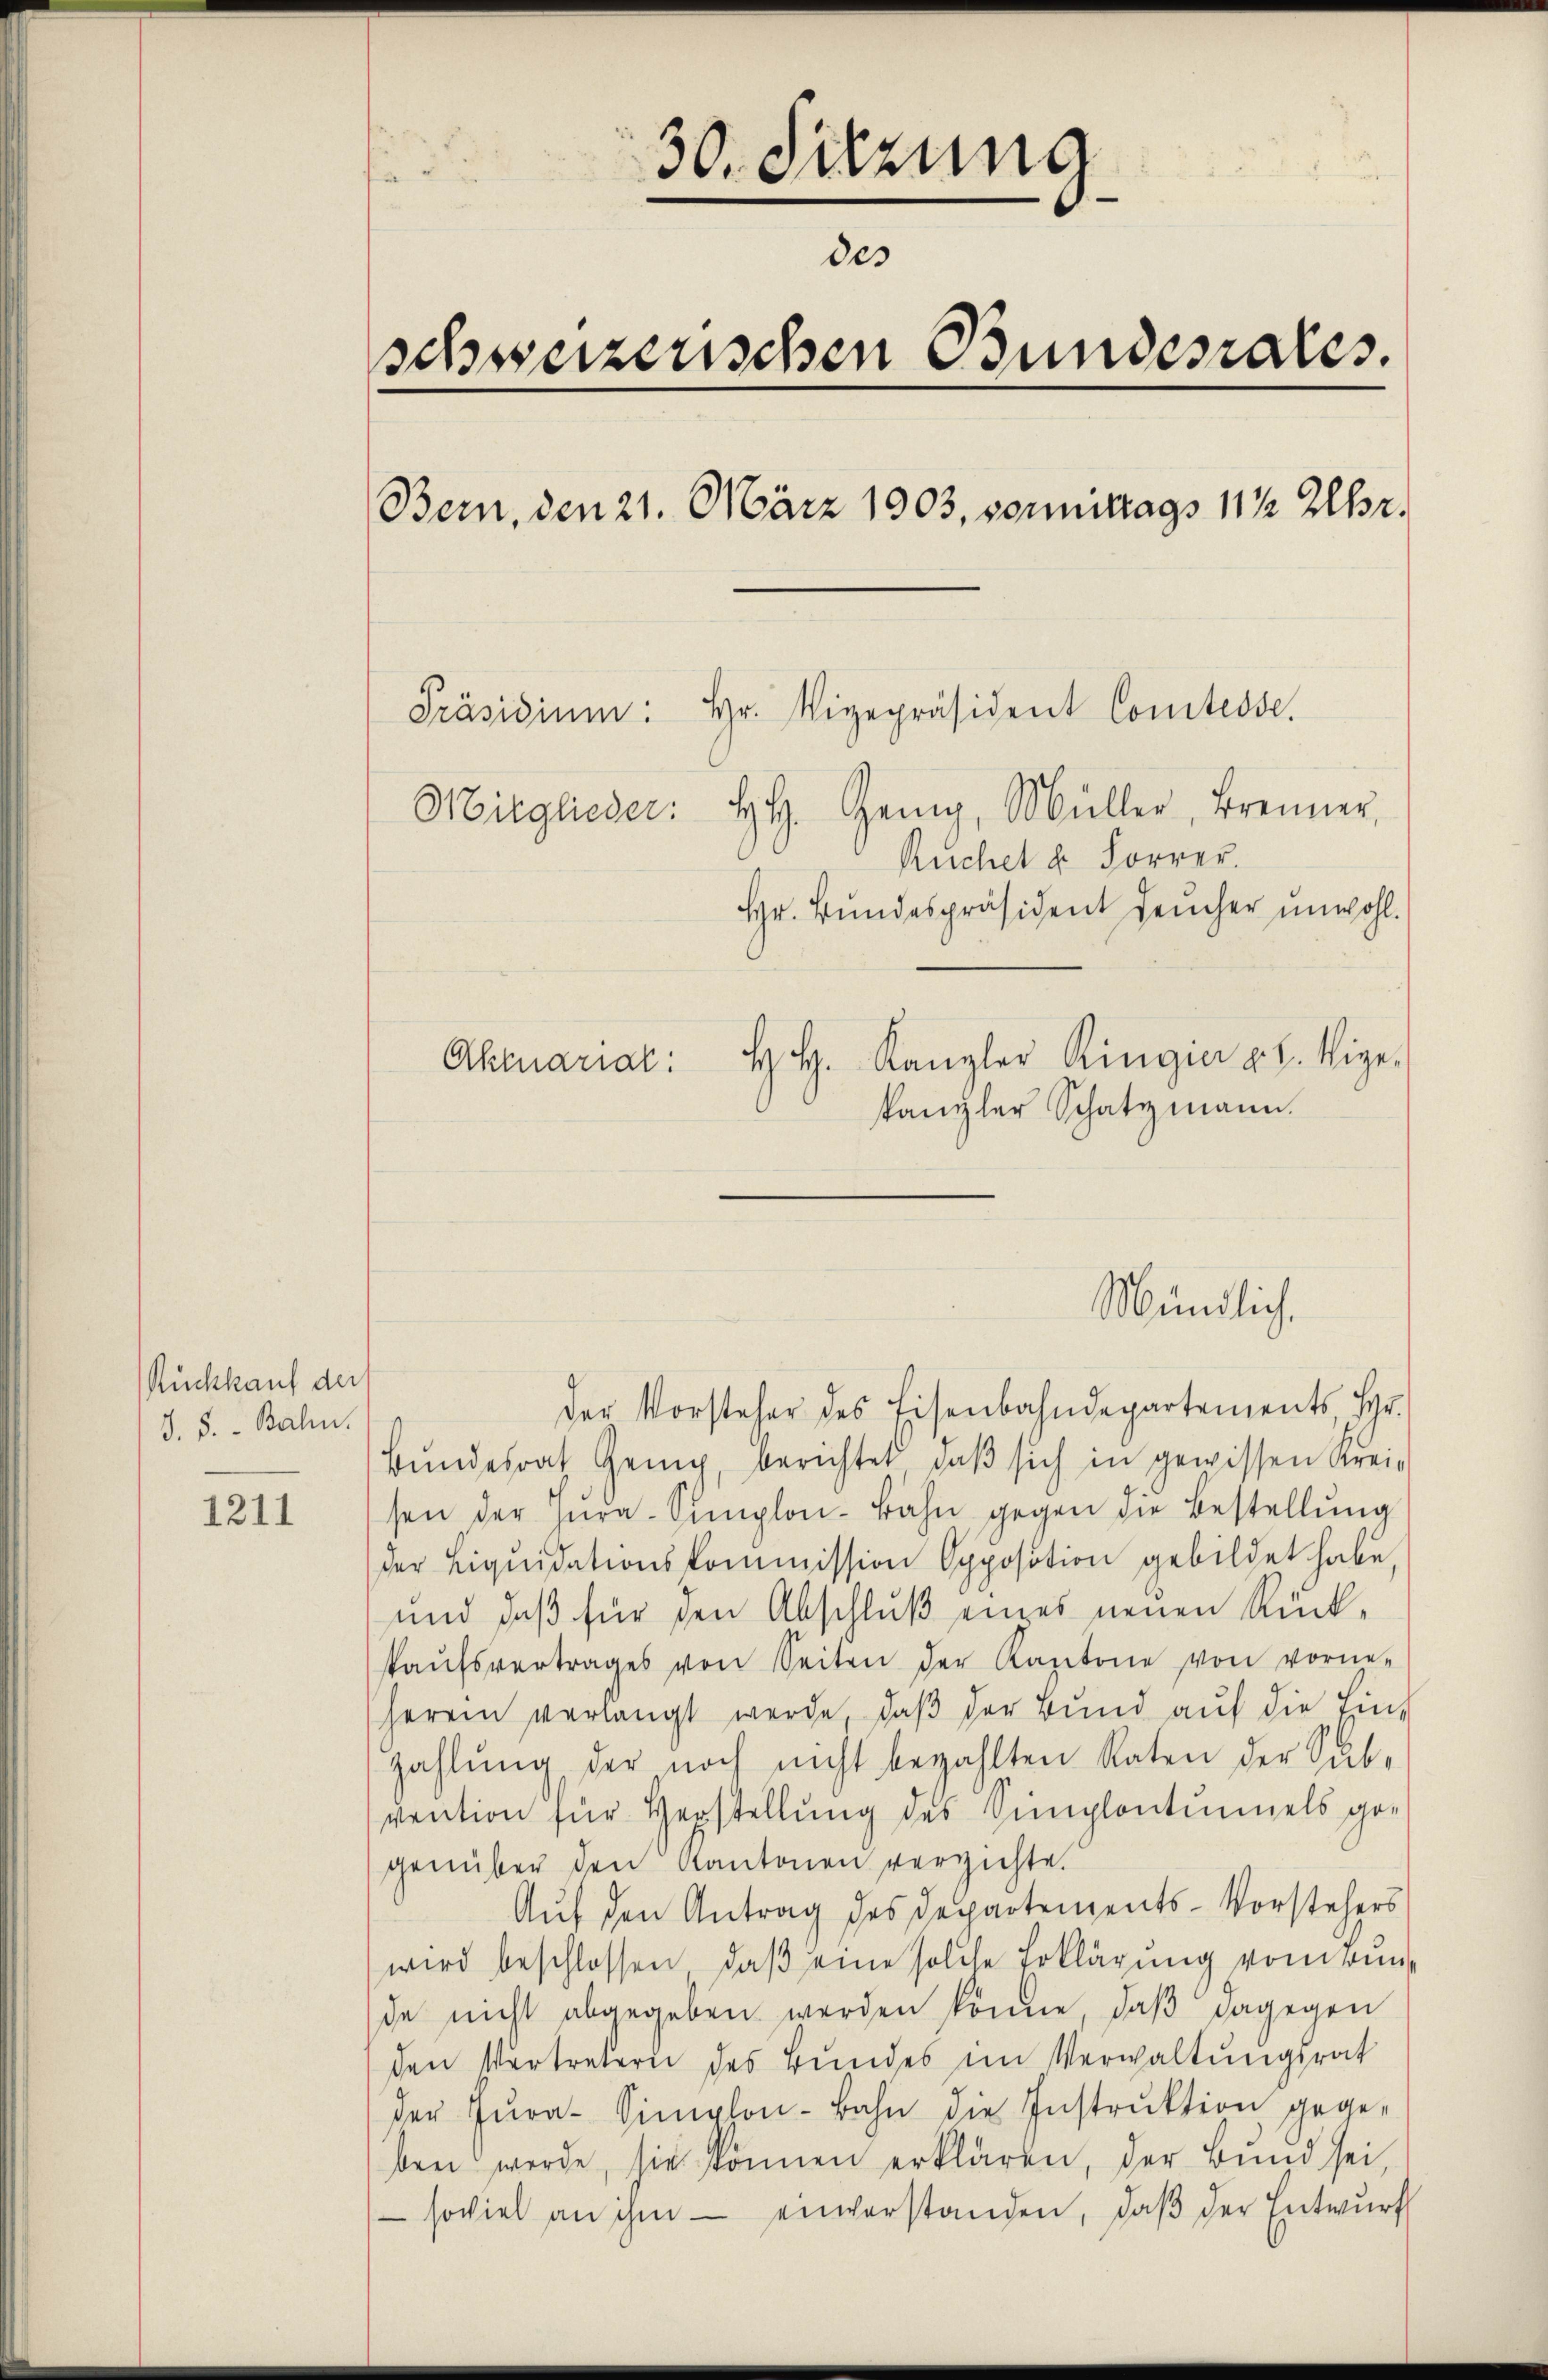
Rückkauf der
S.S. - Bahn.

1211

30. Sitzung
f
des
schweizerischen Bundesrates.
Bern, den 21. März 1903, vortrags 11 ½ Uhr.

Mitglieder: H. Genig, Müller, Brenner,
Ruchel u. Forrer.
Hr. Bundespräsident Feucher unwohl.
H. H. Kanzler Ringier v. 2. Vige.
Aktuarial:
kanzler Schatzmann.

Präsidiŭm: Hr. Vigepräsident Comtesse.

Mündlich,

Der Vorsteher des Eisenbahndepartements Hr.
Bundesrat Genig, berichtet, daβ sich in gewissen Kreisen der Zŭra-Simplon-Bahn gegen die Bestellung
der Liquidationskommission Opposition gebildet habe,
und daß für den Abschluß eines neuen Rückkaŭfsvertrages von Seiten der Kantone von vorne-
herein verlangt werde, daβ der Bund auf die Einzahlŭng der noch nicht bezahlten Raten der Sub-
vention für Verstellung des Simplontunnels ge-
genüber den Kantonen verzichte.
Auf den Antrag des Departements-Vorstehers
wird beschlossen, daβ eine solche Erklärung von Bunde nicht abgegeben werden könne, daß dagegen
den Vertretern des Bundes im Verwaltungsrat
der Fŭra-Simplon-Bahn die Instruktion gegeben werde, sie können erklären, der Bund sei,
 soviel an ihm einverstanden, daβ der Entwŭrf